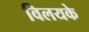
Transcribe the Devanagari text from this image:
विलयके